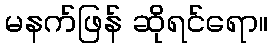
မနက်ဖြန် ဆိုရင်ရော။